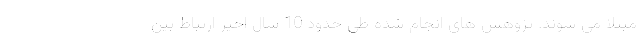
مبتلا می شوند. پژوهش های انجام شده طی حدود 10 سال اخیر ارتباط بین